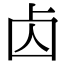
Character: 𠧚